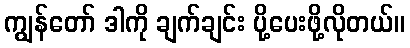
ကျွန်တော် ဒါကို ချက်ချင်း ပို့ပေးဖို့လိုတယ်။